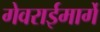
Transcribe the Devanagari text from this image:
गेवराईमार्गे